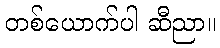
တစ်ယောက်ပါ ဆီညာ။